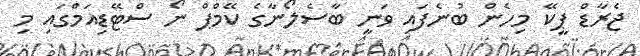
ޖެރާޑް ޕީކޭ މިހެން ބުނެފައި ވަނީ ބާސެލޯނާގެ ކޭމްޕް ނޯ ސްޓޭޑިއަމްގައި މި